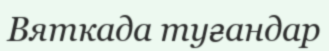
Вяткада туғандар